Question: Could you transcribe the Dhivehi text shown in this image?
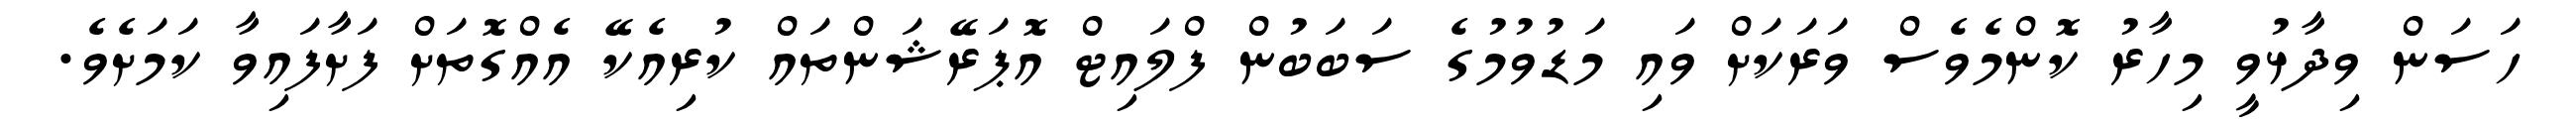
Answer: ހަސަން ވިދާޅުވީ މިހާރު ކޮންމެވެސް ވަރަކަށް ވައި މަޑުވުމުގެ ސަބަބުން ފްލައިޓް އޮޕަރޭޝަންތައް ކުރިއެކޭ އެއްގޮތަށް ފަށާފައިވާ ކަމަށެވެ.